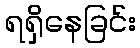
ရရှိနေခြင်း